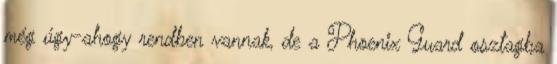
még úgy-ahogy rendben vannak, de a Phoenix Guard osztagba